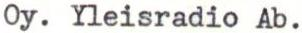
Oy. Yleisradio Ab.